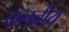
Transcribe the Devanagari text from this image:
कलनीय